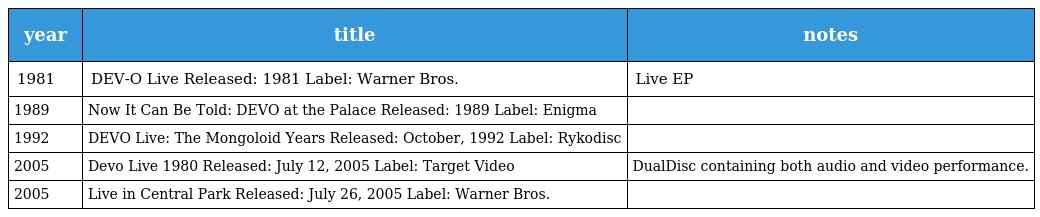
| year | title | notes |
 | --- | --- | --- |
 | 1981 | DEV-O Live Released: 1981 Label: Warner Bros. | Live EP |
 | 1989 | Now It Can Be Told: DEVO at the Palace Released: 1989 Label: Enigma |  |
 | 1992 | DEVO Live: The Mongoloid Years Released: October, 1992 Label: Rykodisc |  |
 | 2005 | Devo Live 1980 Released: July 12, 2005 Label: Target Video | DualDisc containing both audio and video performance. |
 | 2005 | Live in Central Park Released: July 26, 2005 Label: Warner Bros. |  |